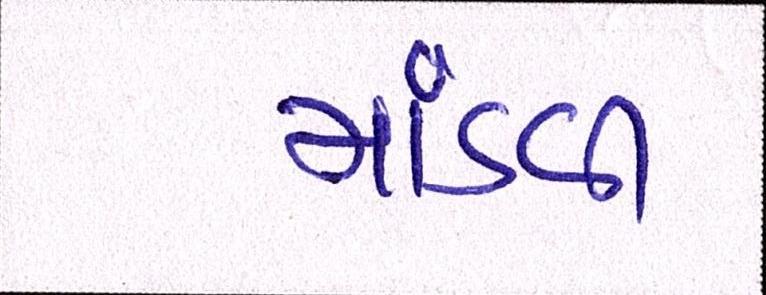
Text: માંડવી